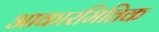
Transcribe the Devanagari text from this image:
आकारमितिक